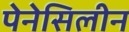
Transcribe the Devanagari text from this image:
पेनेसिलीन